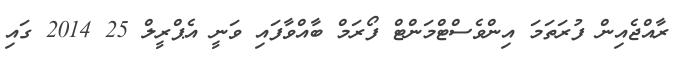
ރާއްޖެއިން ފުރަތަމަ އިންވެސްޓްމަންޓް ފޯރަމް ބާއްވާފައި ވަނީ އެޕްރީލް 25 2014 ގައި